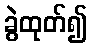
ခွဲထုတ်၍